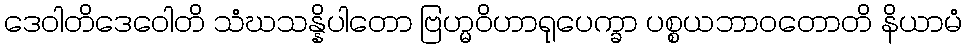
ဒေဝါတိဒေဝေါတိ သံဃသန္နိပါတော ဗြဟ္မဝိဟာရုပေက္ခာ ပစ္စယဘာဝတောတိ နိယာမံ